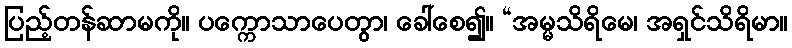
ပြည့်တန်ဆာမကို။ ပက္ကောသာပေတွာ၊ ခေါ်စေ၍။ “အမ္မသိရိမေ၊ အရှင်သိရိမာ။